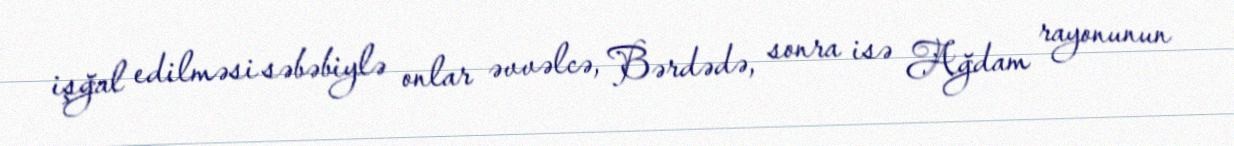
işğal edilməsi səbəbiylə onlar əvvəlcə, Bərdədə, sonra isə Ağdam rayonunun